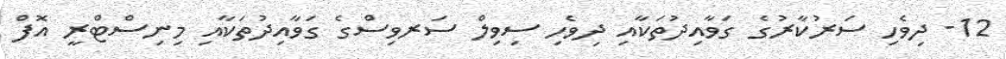
12- ދިވެހި ސަރުކާރުގެ ގަވާއިދުތަކާއި ދިވެހި ސިވިލް ސަރވިސްގެ ގަވާއިދުތަކާއި މިނިސްޓްރީ އޮފް